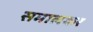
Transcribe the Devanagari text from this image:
समालकर